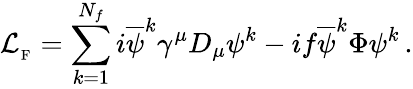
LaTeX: {\cal L}_{_{\mathrm{F}}}=\sum_{k=1}^{N_{f}}i{\overline{{\psi}}}^{k}\gamma^{\mu}D_{\mu}\psi^{k}-if{\overline{{\psi}}}^{k}\Phi\psi^{k}\, .